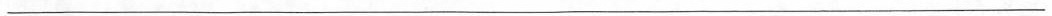
___